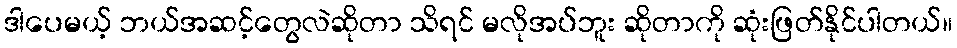
ဒါပေမယ့် ဘယ်အဆင့်တွေလဲဆိုတာ သိရင် မလိုအပ်ဘူး ဆိုတာကို ဆုံးဖြတ်နိုင်ပါတယ်။